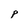
Character: p